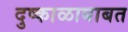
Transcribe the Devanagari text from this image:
दुष्काळाबाबत